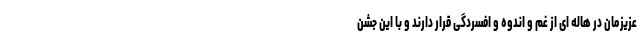
عزیزمان در هاله ای از غم و اندوه و افسردگی قرار دارند و با این جشن